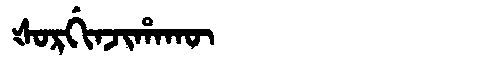
Manchu: ᡧᠣᡵᡤᡳᠨᠵᡳᡥᠠᡴᡡ
Romanization: ŠORGINJIHAKŪ